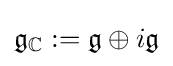
{\mathfrak {g}}_{\mathbb {C} }:={\mathfrak {g}}\oplus i{\mathfrak {g}}